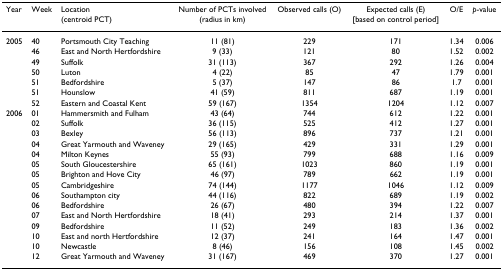
<table><thead><tr><td><b>Year</b></td><td><b>Week</b></td><td><b>Location</b></td><td><b>Number of PCTs involved</b></td><td><b>Observed calls (O)</b></td><td><b>Expected calls (E)</b></td><td><b>O/E</b></td><td><b><i>p</i>-value</b></td></tr><tr><td></td><td></td><td><b>(centroid PCT)</b></td><td><b>(radius in km)</b></td><td></td><td><b>[based on control period]</b></td><td></td><td></td></tr></thead><tbody><tr><td>2005</td><td>40</td><td>Portsmouth City Teaching</td><td>11 (81)</td><td>229</td><td>171</td><td>1.34</td><td>0.006</td></tr><tr><td></td><td>46</td><td>East and North Hertfordshire</td><td>9 (33)</td><td>121</td><td>80</td><td>1.52</td><td>0.002</td></tr><tr><td></td><td>49</td><td>Suffolk</td><td>31 (113)</td><td>367</td><td>292</td><td>1.26</td><td>0.004</td></tr><tr><td></td><td>50</td><td>Luton</td><td>4 (22)</td><td>85</td><td>47</td><td>1.79</td><td>0.001</td></tr><tr><td></td><td>51</td><td>Bedfordshire</td><td>5 (37)</td><td>147</td><td>86</td><td>1.7</td><td>0.001</td></tr><tr><td></td><td>51</td><td>Hounslow</td><td>41 (59)</td><td>811</td><td>687</td><td>1.19</td><td>0.001</td></tr><tr><td></td><td>52</td><td>Eastern and Coastal Kent</td><td>59 (167)</td><td>1354</td><td>1204</td><td>1.12</td><td>0.007</td></tr><tr><td>2006</td><td>01</td><td>Hammersmith and Fulham</td><td>43 (64)</td><td>744</td><td>612</td><td>1.22</td><td>0.001</td></tr><tr><td></td><td>02</td><td>Suffolk</td><td>36 (115)</td><td>525</td><td>412</td><td>1.27</td><td>0.001</td></tr><tr><td></td><td>03</td><td>Bexley</td><td>56 (113)</td><td>896</td><td>737</td><td>1.21</td><td>0.001</td></tr><tr><td></td><td>04</td><td>Great Yarmouth and Waveney</td><td>29 (165)</td><td>429</td><td>331</td><td>1.29</td><td>0.001</td></tr><tr><td></td><td>04</td><td>Milton Keynes</td><td>55 (93)</td><td>799</td><td>688</td><td>1.16</td><td>0.009</td></tr><tr><td></td><td>05</td><td>South Gloucestershire</td><td>65 (161)</td><td>1023</td><td>860</td><td>1.19</td><td>0.001</td></tr><tr><td></td><td>05</td><td>Brighton and Hove City</td><td>46 (97)</td><td>789</td><td>662</td><td>1.19</td><td>0.001</td></tr><tr><td></td><td>05</td><td>Cambridgeshire</td><td>74 (144)</td><td>1177</td><td>1046</td><td>1.12</td><td>0.009</td></tr><tr><td></td><td>06</td><td>Southampton city</td><td>44 (116)</td><td>822</td><td>689</td><td>1.19</td><td>0.002</td></tr><tr><td></td><td>06</td><td>Bedfordshire</td><td>26 (67)</td><td>480</td><td>394</td><td>1.22</td><td>0.007</td></tr><tr><td></td><td>07</td><td>East and North Hertfordshire</td><td>18 (41)</td><td>293</td><td>214</td><td>1.37</td><td>0.001</td></tr><tr><td></td><td>09</td><td>Bedfordshire</td><td>11 (52)</td><td>249</td><td>183</td><td>1.36</td><td>0.002</td></tr><tr><td></td><td>10</td><td>East and north Hertfordshire</td><td>12 (37)</td><td>241</td><td>164</td><td>1.47</td><td>0.001</td></tr><tr><td></td><td>10</td><td>Newcastle</td><td>8 (46)</td><td>156</td><td>108</td><td>1.45</td><td>0.002</td></tr><tr><td></td><td>12</td><td>Great Yarmouth and Waveney</td><td>31 (167)</td><td>469</td><td>370</td><td>1.27</td><td>0.001</td></tr></tbody></table>